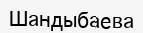
Шандыбаева